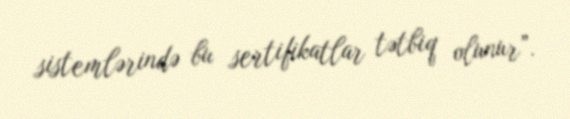
sistemlərində bu sertifikatlar tətbiq olunur”.